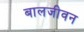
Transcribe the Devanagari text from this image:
बालजीवन